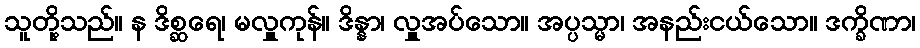
သူတို့သည်။ န ဒိစ္ဆရေ၊ မလှူကုန်။ ဒိန္နာ၊ လှူအပ်သော။ အပ္ပသ္မာ၊ အနည်းငယ်သော။ ဒက္ခိဏာ၊